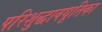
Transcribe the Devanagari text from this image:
परिशुद्धावधूतिका